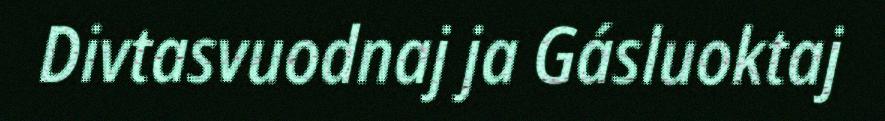
Divtasvuodnaj ja Gásluoktaj